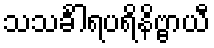
သသင်္ခါရပရိနိဗ္ဗာယီ